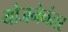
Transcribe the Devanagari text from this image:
योजनेनंतर